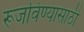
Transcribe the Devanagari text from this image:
रूजविण्यासाठी